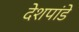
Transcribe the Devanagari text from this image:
देेशपांडे